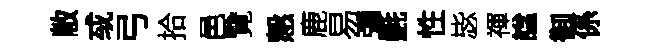
敝㦯弓拾邑覽慤鹿易彌氎性毖禈諡御係